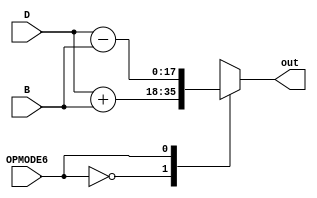
module Pre_AddSub(
    input [17:0] D,B,
	input [0:0] OPMODE6,
    output reg [17:0] out

);

always @(*)
begin
case(OPMODE6)
	1'b0: out=D+B;
	1'b1: out=D-B;
	default: out=D+B; //????????/?
endcase
end


endmodule